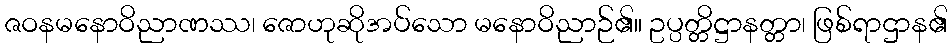
ဇဝနမနောဝိညာဏဿ၊ ဇောဟုဆိုအပ်သော မနောဝိညာဉ်၏။ ဥပ္ပတ္တိဋ္ဌာနတ္တာ၊ ဖြစ်ရာဌာန၏